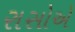
રાસોએ